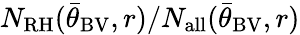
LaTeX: N_{\mathrm{RH}}({\bar{\theta}}_{\mathrm{BV}},r)/N_{\mathrm{all}}({\bar{\theta}}_{\mathrm{BV}},r)